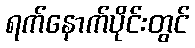
ရက်နောက်ပိုင်းတွင်